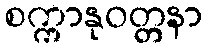
စက္ကာနုဝတ္တနာ